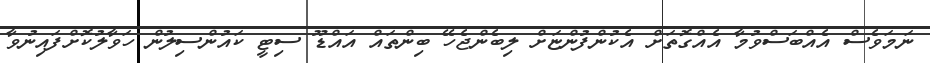
ނަމަވެސް އެއްބަސްވުމާ އެއްގޮތަށް އެކުންފުންޏަށް ލިބެންޖެހޭ ބިންތައް އައްޑޫ ސިޓީ ކައުންސިލުން ހަވާލުކޮށްފައިނުވާ